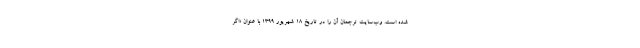
شده است. وب‌سایت ترجمان آن را در تاریخ ۱۸ شهریور ۱۳۹۹ با عنوان «اگر